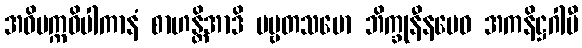
အဝိပက္ကဝိပါကာနံ စာဟန္တိအာဒိ ပဗ္ဗတသမော ဘိက္ခုနီနမေဝ အကနိဋ္ဌဂါမီ